Lunatic asylums United Provinces 1899-1908 - 1899-1908
Year: 1899
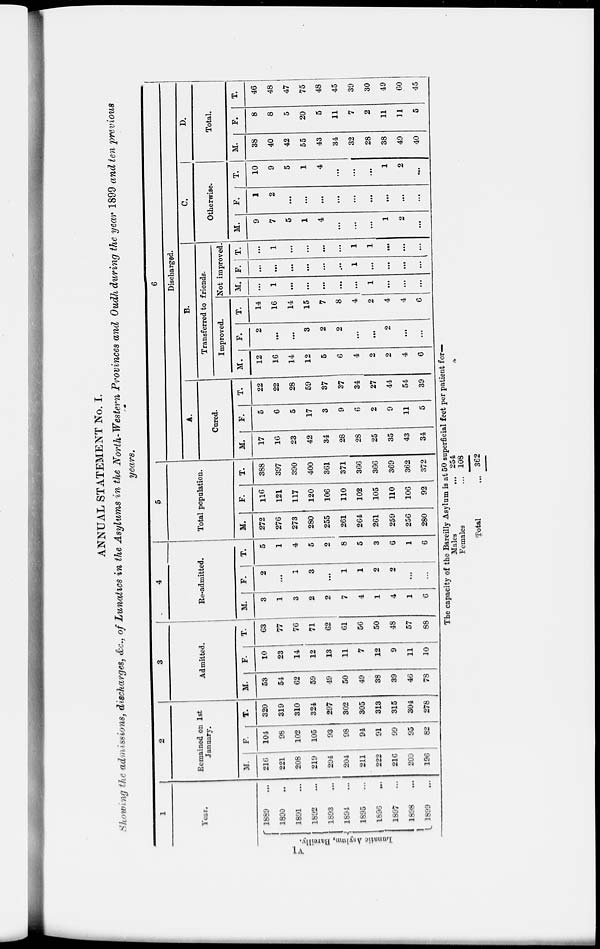
ANNUAL STATEMENT No. I.
Showing the admissions, discharges, &c., of Lunatics in the Asylums in the North-Western Provinces and Oudh during the year 1899 and ten previous
years.
1
Year.
VI
Lunatic
Asylum,
Bareilly.
1889 ...
1890 ...
1891...
1892 ...
1893 ...
1894 …
1895 ...
1896 ...
1897 ...
1898 ...
1899 ...
2
Remained on 1st
January.
M.
216
221
208
219
294
204
211
222
216
209
196
F.
104
98
102
105
93
98
94
91
99
95
82
T.
320
319
310
324
297
302
305
313
315
304
278
3
Admitted.
M.
53
54
62
59
49
50
49
38
39
46
78
F.
10
23
14
12
13
11
7
12
9
11
10
T.
63
77
76
71
62
61
56
50
48
57
88
4
Re-admitted.
M.
3
1
3
2
2
7
4
1
4
1
6
F.
2
...
1
3
...
1
1
2
2
…
…
T.
5
1
4
5
2
8
5
3
6
1
6
5
Total population.
M.
272
276
273
280
255
261
264
261
259
256
280
F.
116
121
117
120
106
110
102
105
110
106
92
T.
388
397
390
400
361
371
366
366
369
362
372
6
Discharged.
A.
Cured.
M.
17
16
23
42
34
28
28
25
35
43
34
F.
5
6
5
17
3
9
6
2
9
11
5
T.
22
22
28
59
37
37
34
27
44
54
39
B.
Transferred to friends.
Improved.
M.
12
16
14
12
5
6
4
2
2
4
6
F.
2
...
...
3
2
2
...
...
2
...
...
T.
14
16
14
15
7
8
4
2
4
4
6
Not improved.
M.
...
1
...
...
…
...
...
1
...
...
…
F.
...
...
...
...
...
…
1
...
...
...
...
T.
...
1
...
...
…
...
1
1
…
…
…
C.
Otherwise.
M.
9
7
5
1
4
...
...
...
1
2
...
F.
1
2
...
…
…
…
…
…
…
…
…
T.
10
9
5
1
4
…
...
…
1
2
...
D.
Total.
M.
38
40
42
55
43
34
32
28
38
49
40
F.
8
8
5
20
5
11
7
2
11
11
5
T.
46
48
47
75
48
45
39
30
49
60
45
The capacity of the Bareilly Asylum is at 50 superficial feet per patient for—
Males
...
Females ...
Total ...
254
108
362